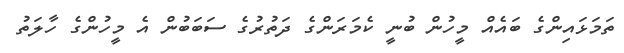
ތަމަޅައިންގެ ބައެއް މީހުން ބުނީ ކެމަރަންގެ ދަތުރުގެ ސަބަބުން އެ މީހުންގެ ހާލަތު